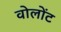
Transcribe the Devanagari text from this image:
वोलोंट